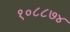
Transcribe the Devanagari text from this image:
१०८८७४